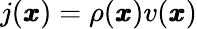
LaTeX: j(\pmb{x})=\rho(\pmb{x})v(\pmb{x})